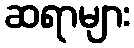
ဆရာများ